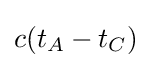
c(t_{A}-t_{C})